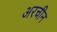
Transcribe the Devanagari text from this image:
अरचीन